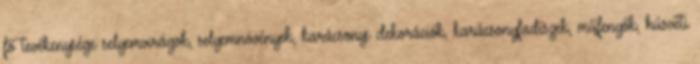
fő tevékenysége selyemvirágok, selyemnövények, karácsonyi dekorációk, karácsonyfadíszek, műfenyők, húsvéti